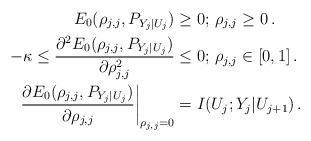
LaTeX: \begin{align*}E_0(\rho_{j, j}, P_{Y_j|U_j}) &\ge 0 ; \,\rho_{j, j}\ge 0\,.\\-\kappa\le\frac{\partial^2 E_{0}(\rho_{j, j}, P_{Y_j|U_j})}{\partial \rho_{j, j}^2} &\leq 0; \,\rho_{j, j}\in [0, 1]\,.\\\left.\frac{\partial E_{0}(\rho_{j, j}, P_{Y_j|U_j})}{\partial \rho_{j, j}}\right\vert_{\rho_{j, j} = 0} &= I(U_j;Y_j|U_{j+1})\,.\end{align*}